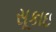
સૂકાઇ